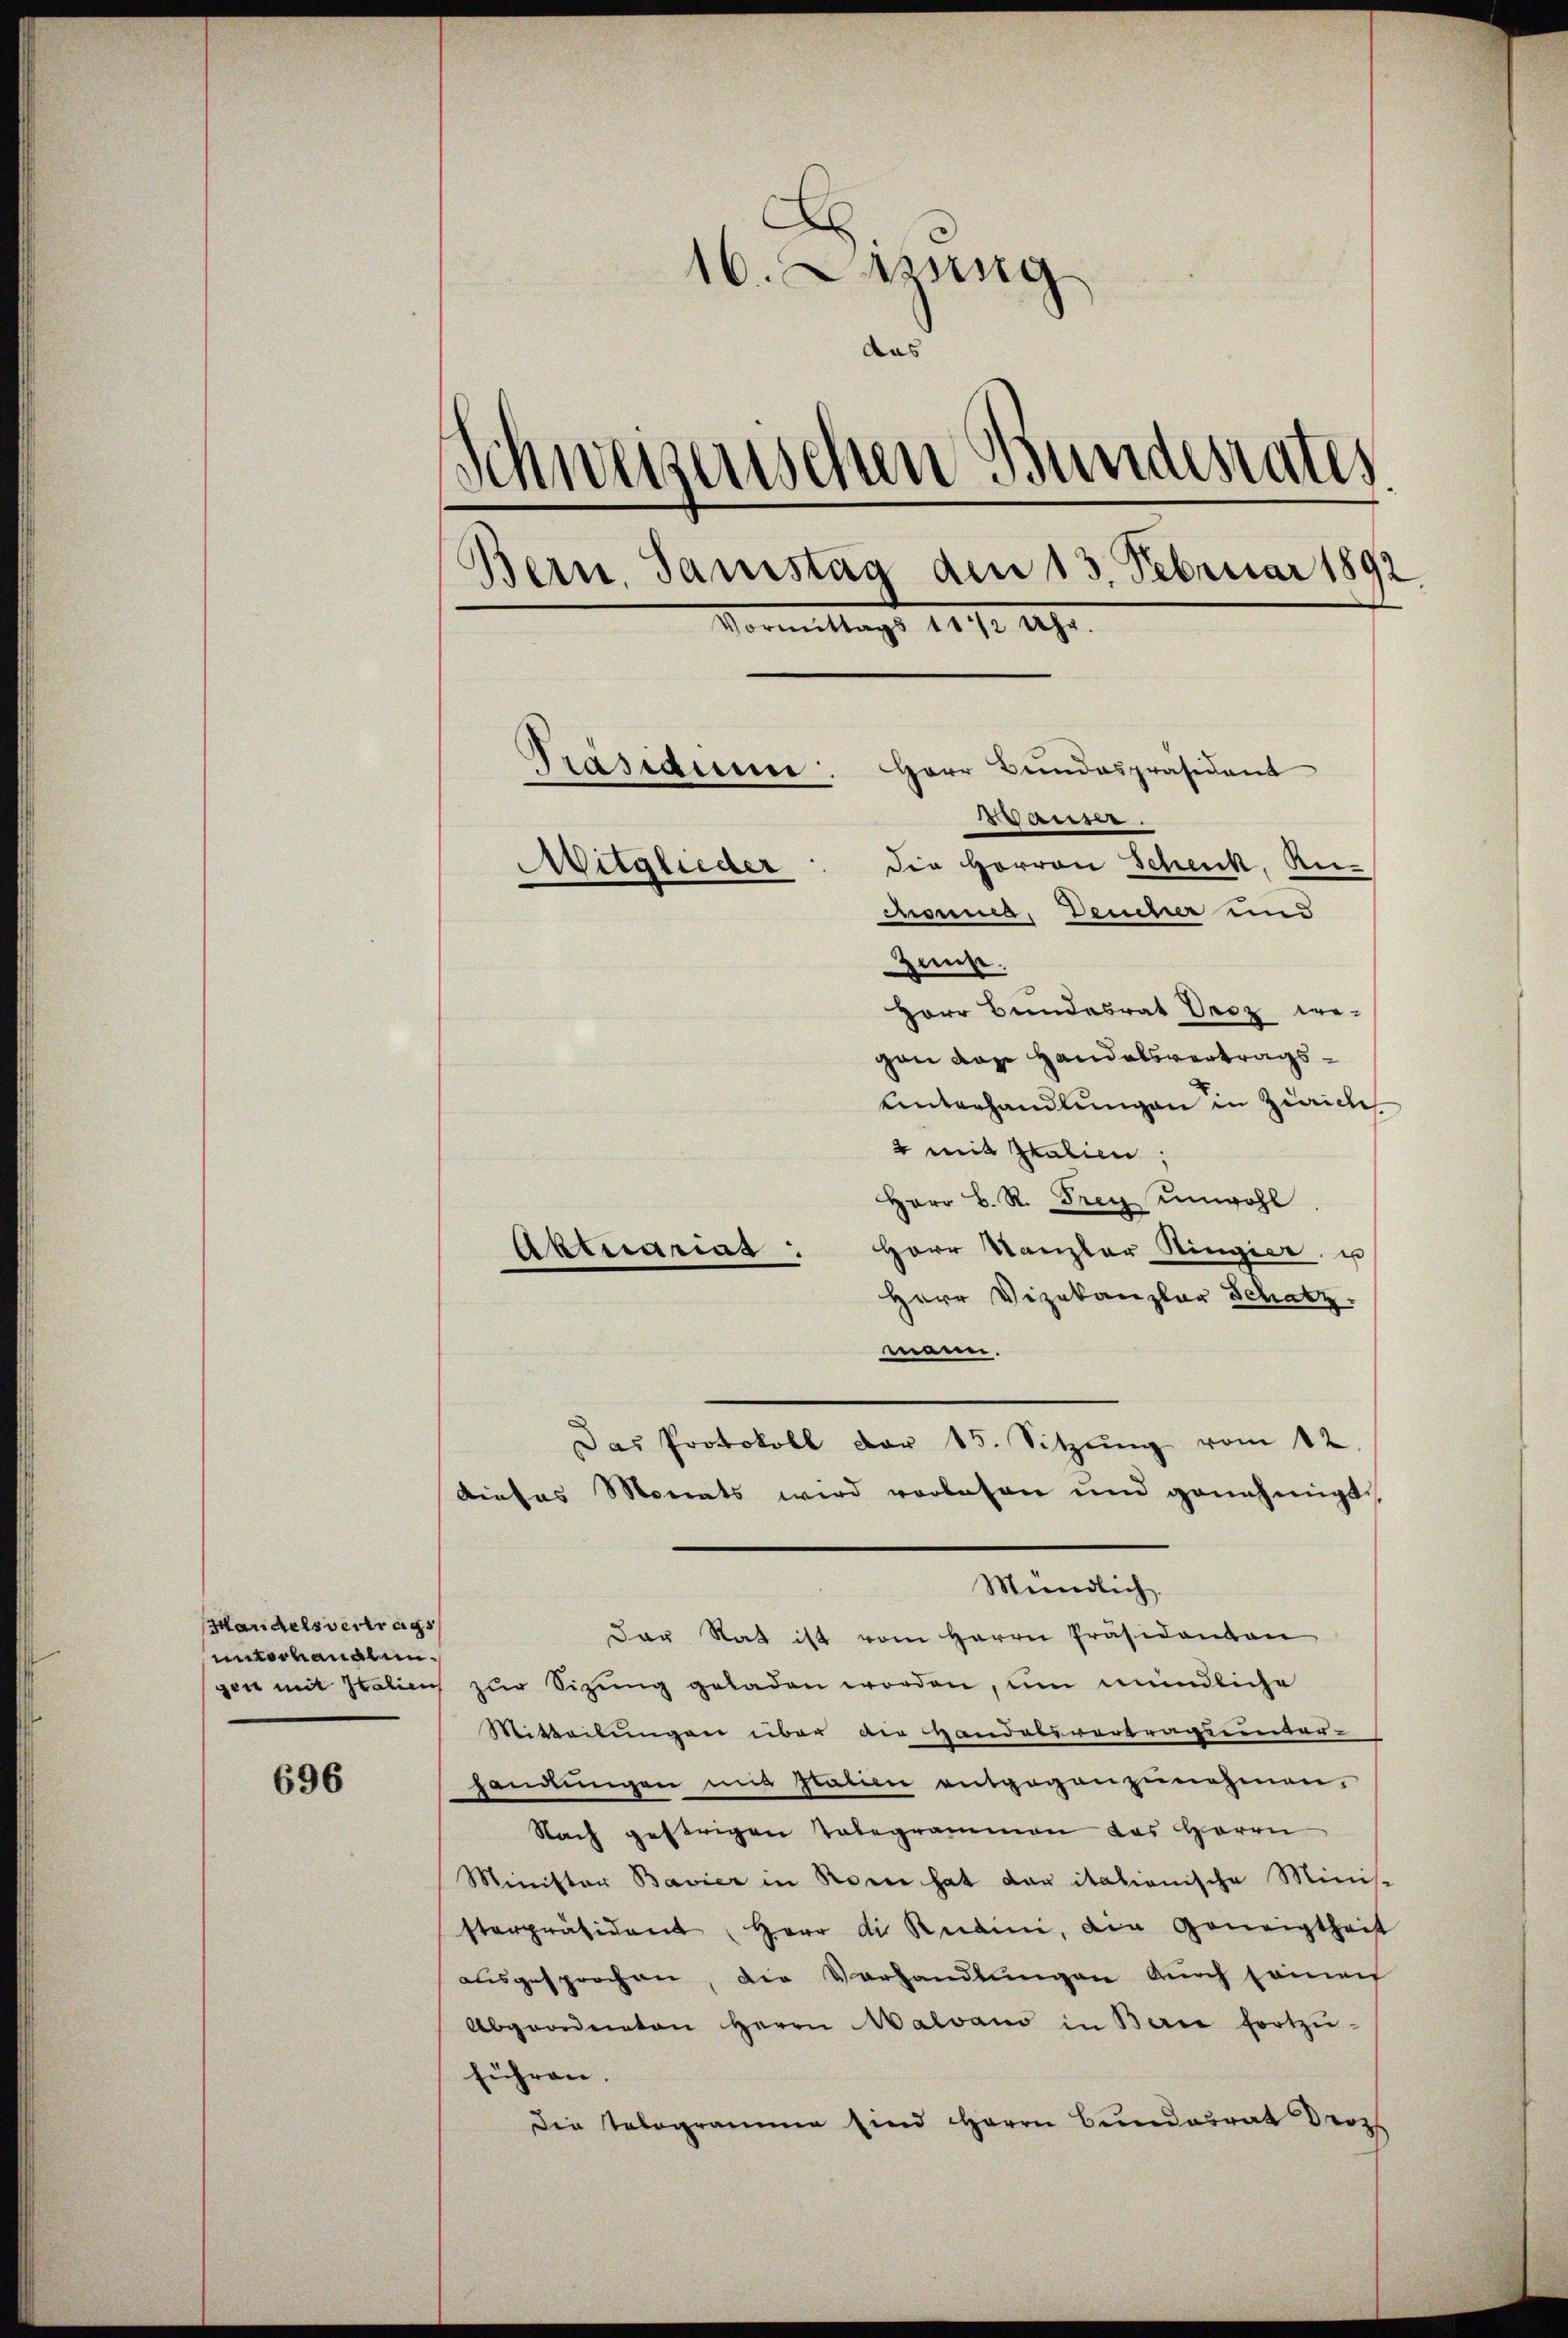
Handelsvertrags
unvorhandlun¬

696

d
16. Lang
das
Schweizerischen Bundesrates.
Bern, Samstag den 13. Februar 1892
Vormittags 111/2 Uhr.
Herr Bundespräsident
Rasiduum
Waise.
Die Herren Schenk, Re¬
Mitglieder
mma, Deucher und

Hunst.
Herr Bundesrat Droz we-
gan das Handelsvertrags¬
Unterhandlungen in Zürich
2 mit Italien,
Herr B. R. Drey unwohl.
Herr Kanzler Ringier, u
Abtrarina.
Herr Vizekanzlar Schatz.
mann.
dieses Monats wird vorlesen und genehmigt,
Mündlich.
Der Rat ist vom Herrn Präsidenten
gen mit Italien zur Sizung geladen worden, um mündliche
Mitteilungen über die Handabsvortragsunter-
handlungen und statien entgegenzunehmen,
Nach gestrigen Tabegrammen das Herrn
Minister Bavier in Rome hat der italionische Minist
sterpräsident Herr die Kraini, die Geneigtheit
ausgesprochen, die Vorhandlungen auch seinen
Abgeordneten Herrn Malvano in Baie fortzŭ-
führen.
Die Telegramme sind Herrn Bundesrat Droz

Das Protokoll der 15. Sitzŭng vom 12.